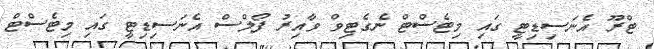
ޓްރޫ އެނަސިޑިޓީ ގައި މިޓެސްޓް ނެގެޓިވް ވާއިރު ފޯލްސް އެނަސިޑިޓީ ގައި މިޓެސްޓް